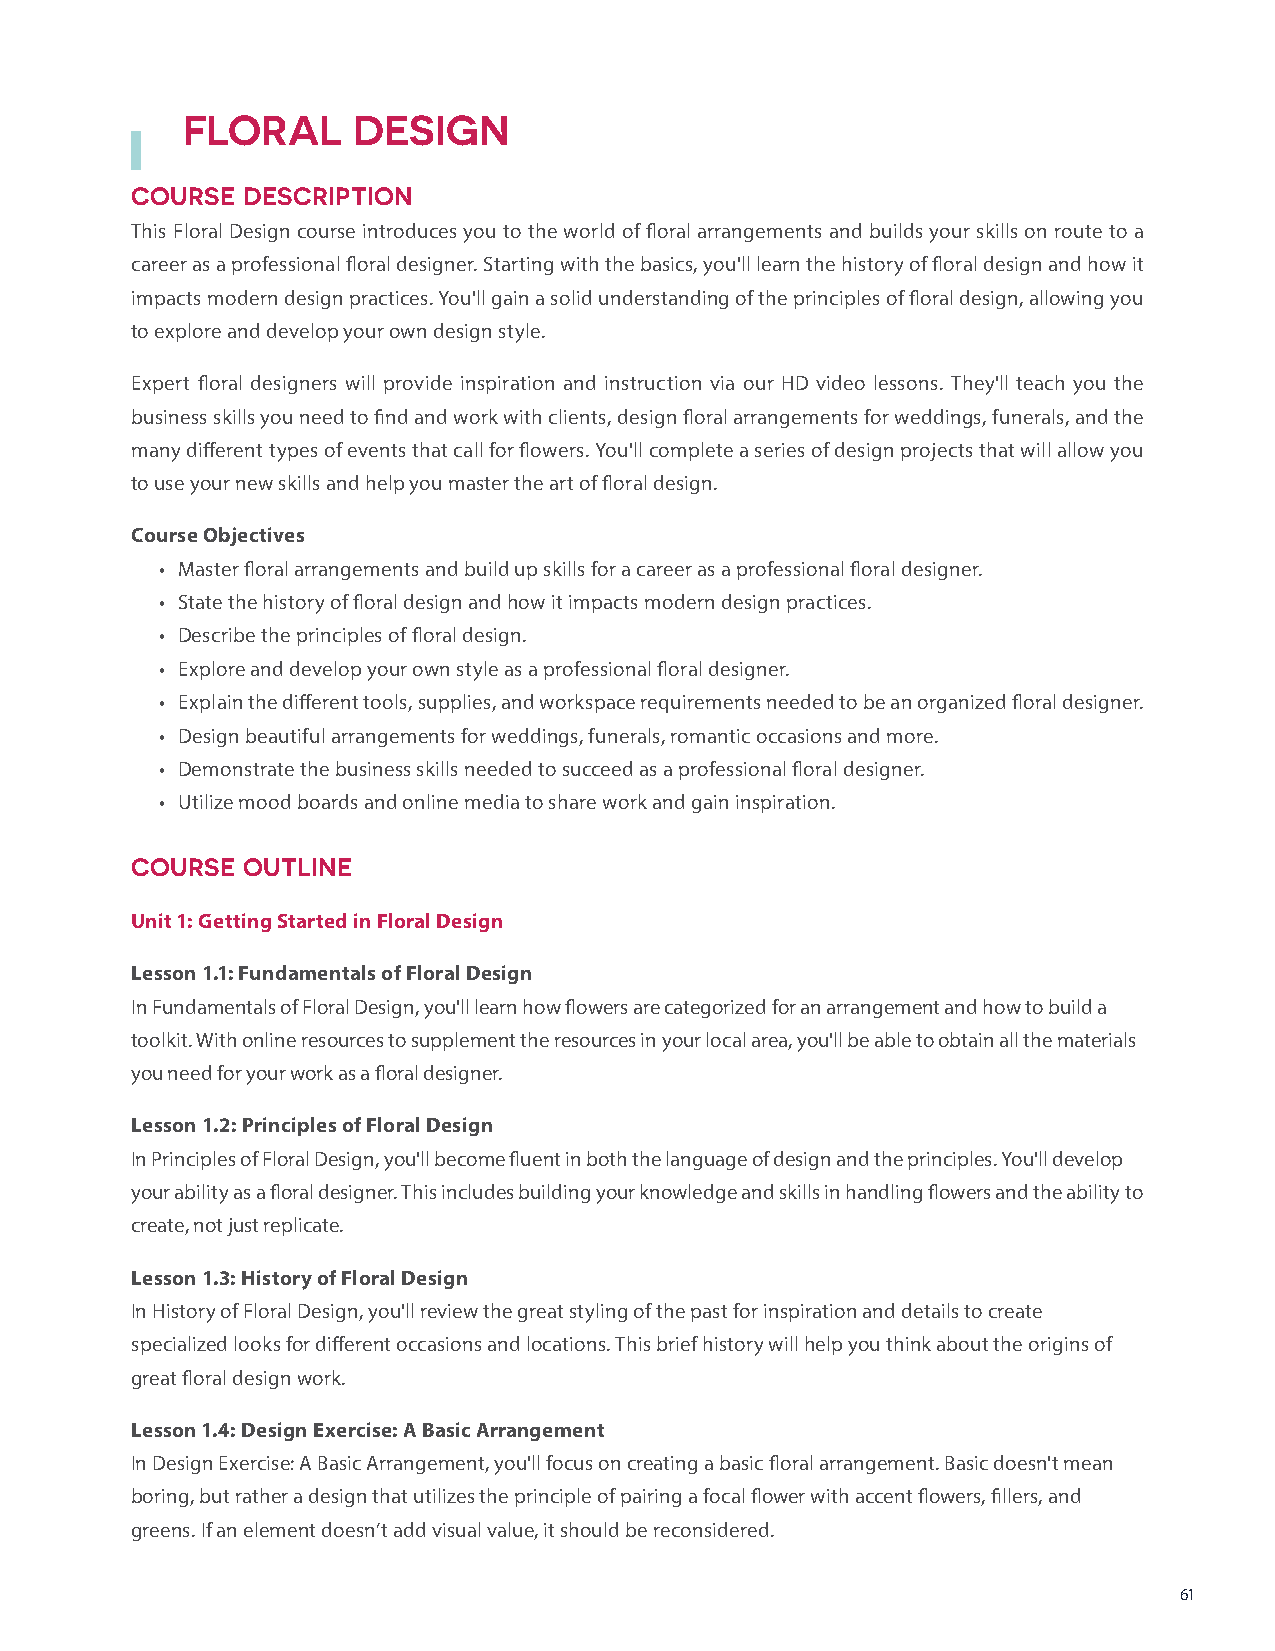
FLORAL     DESIGN
 COURSE DESCRIPTION
 This Floral Design course introduces you to the world of floral arrangements and builds your skills on route to a
 career as a professional floral designer. Starting with the basics, you'll learn the history of floral design and how it
 impacts modern design practices. You'll gain a solid understanding of the principles of floral design, allowing you
 to explore and develop your own design style.
 Expert floral designers will provide inspiration and instruction via our HD video lessons. They'll teach you the
 business skills you need to find and work with clients, design floral arrangements for weddings, funerals, and the
 many different types of events that call for flowers. You'll complete a series of design projects that will allow you
 to use your new skills and help you master the art of floral design.
 Course Objectives
 • Master floral arrangements and build up skills for a career as a professional floral designer.
 • State the history of floral design and how it impacts modern design practices.
 • Describe the principles of floral design.
 • Explore and develop your own style as a professional floral designer.
 • Explain the different tools, supplies, and workspace requirements needed to be an organized floral designer.
 • Design beautiful arrangements for weddings, funerals, romantic occasions and more.
 • Demonstrate the business skills needed to succeed as a professional floral designer.
 • Utilize mood boards and online media to share work and gain inspiration.
 COURSE OUTLINE
 Unit 1: Getting Started in Floral Design
 Lesson 1.1: Fundamentals of Floral Design
 In Fundamentals of Floral Design, you'll learn how flowers are categorized for an arrangement and how to build a
 toolkit. With online resources to supplement the resources in your local area, you'll be able to obtain all the materials
 you need for your work as a floral designer.
 Lesson 1.2: Principles of Floral Design
 In Principles of Floral Design, you'll become fluent in both the language of design and the principles. You'll develop
 your ability as a floral designer. This includes building your knowledge and skills in handling flowers and the ability to
 create, not just replicate.
 Lesson 1.3: History of Floral Design
 In History of Floral Design, you'll review the great styling of the past for inspiration and details to create
 specialized looks for different occasions and locations. This brief history will help you think about the origins of
 great floral design work.
 Lesson 1.4: Design Exercise: A Basic Arrangement
 In Design Exercise: A Basic Arrangement, you'll focus on creating a basic floral arrangement. Basic doesn't mean
 boring, but rather a design that utilizes the principle of pairing a focal flower with accent flowers, fillers, and
 greens. If an element doesn’t add visual value, it should be reconsidered.
 61